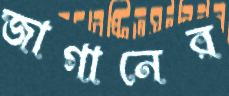
জাগানের